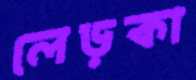
লেড়কা